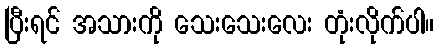
ပြီးရင် အသားကို သေးသေးလေး တုံးလိုက်ပါ။